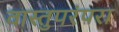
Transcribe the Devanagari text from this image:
वास्तुपरंपरा